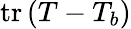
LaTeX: \mathrm{tr}\, (T-T_{b})